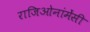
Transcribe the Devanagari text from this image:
राजिओनांमेंसी